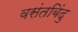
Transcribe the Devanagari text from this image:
वसंतबिंदु